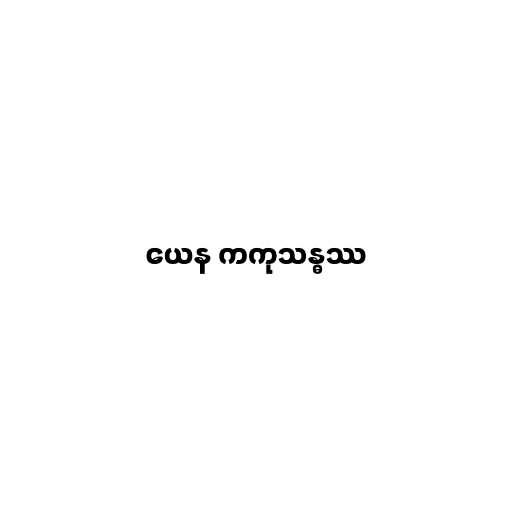
ယေန ကကုသန္ဓဿ